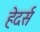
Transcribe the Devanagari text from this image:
हेदर्स